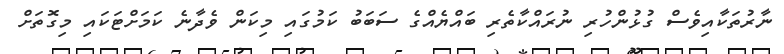
ނާރުތަކާއިވެސް ގުޅުންހުރި ނުރައްކާތެރި ބައްޔެއްގެ ސަބަބު ކަމުގައި މިކަން ވެދާނެ ކަމަށްޓަކައި މިގޮތަށް